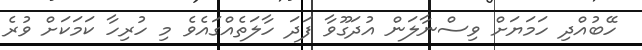
ހޭބުއްދި ހަމަޔަށް ވިސްނާލަން އުދަގޫވާ ފަދަ ހާލަތެއްގައެވެ މި ހުރިހާ ކަމަކަށް ވުރެ